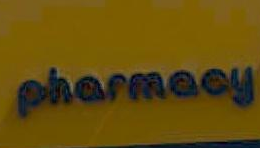
pharmacy